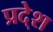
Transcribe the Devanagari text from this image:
प्रदे्श